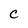
Character: C